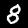
Digit: 8